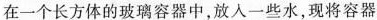
在一个长方体的玻璃容器中，放入一些水，现将容器